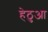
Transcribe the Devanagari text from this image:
हेठुआ